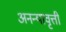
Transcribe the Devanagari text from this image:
अनन्यावृत्ती